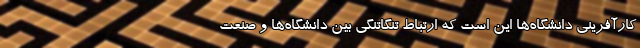
کارآفرینی دانشگاه‌ها این است که ارتباط تنگاتنگی بین دانشگاه‌ها و صنعت